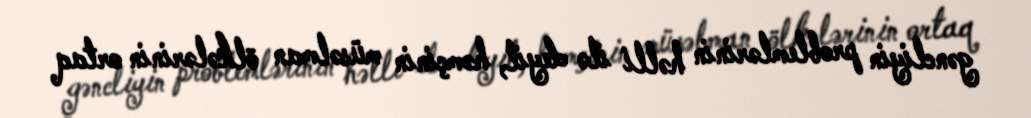
gəncliyin problemlərinin həlli ilə deyil, həmçinin müsəlman ölkələrinin ortaq